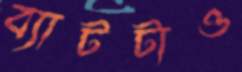
ব্যাটটাও